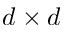
d \times d